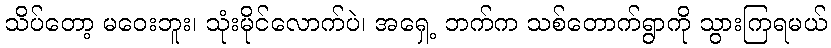
သိပ်တော့ မဝေးဘူး၊ သုံးမိုင်လောက်ပဲ၊ အရှေ့ ဘက်က သစ်တောက်ရွာကို သွားကြရမယ်